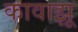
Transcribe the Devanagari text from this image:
कावाझू